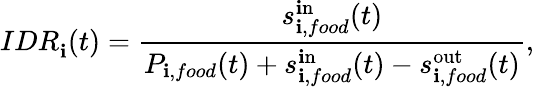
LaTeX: IDR_{\mathbf{i}}^{}(t)=\frac{{s_{\mathbf{i},food}^{\mathrm{{\mathbf{i}n}}}(t)}}{{P_{\mathbf{i},food}(t)+s_{\mathbf{i},food}^{\mathrm{{\mathbf{i}n}}}(t)-s_{\mathbf{i},food}^{\mathrm{{out}}}(t)}},